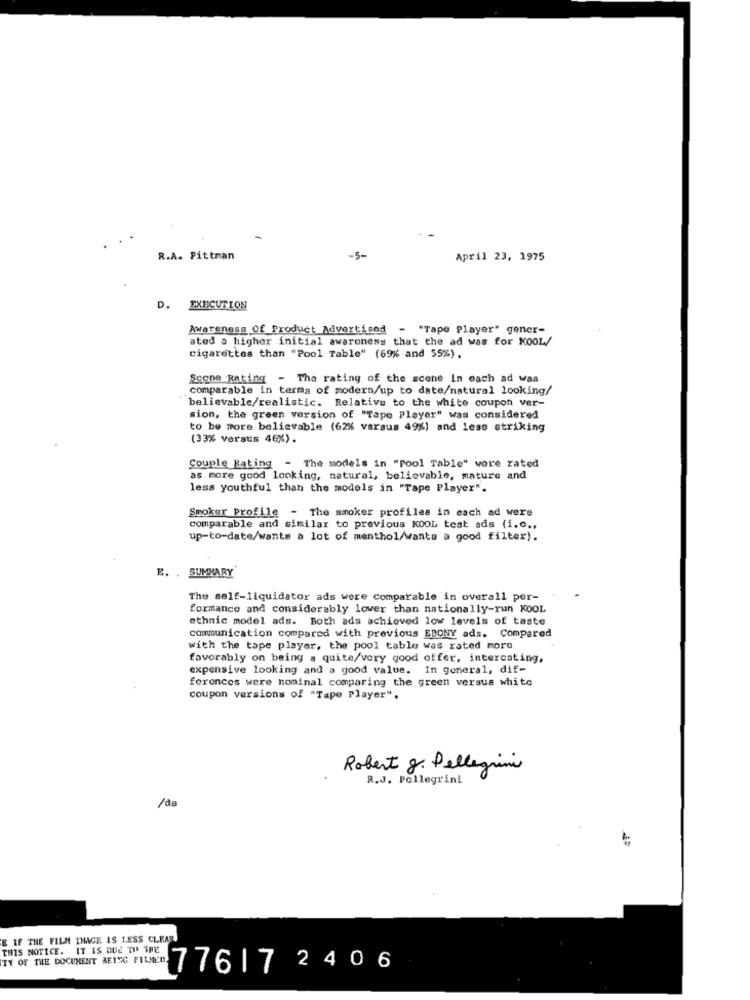
R.A. Pittman
-5-
April 23, 1975
D. EXECUTION
Awareness Of_Product Advertised - "Tape Player" gener-
ated a higher initial awareness that the ad was for KOOL/
cigarettes than "Pool Table" (69% and 55%) .
Scone Rating - The rating of the scene in each ad was
comparable in terms of modern/up to date/natural looking/
believable/realistic. Relative to the white coupon ver-
sion, the green version of "Tape Player" was considered
to be more believable (62% versus 49%) and less striking
(33% Versus 46%).
Couple Rating - The models in "pool Table" wore rated
as more good looking, natural, believable, mature and
less youthful than the models in "Tape Player".
Smoker Profile - The smoker profiles in each ad were
comparable and similar to previous KOOL test ads (i.c .,
up-to-date/wants a lot of menthol/wants a good filter).
E. . SUMMARY
The self-liquidator ads were comparable in overall per-
formance and considerably lower than nationally-run KOOL
ethnic model ads. Both ads achieved low levels of taste
communication compared with previous EBONY ads. Compared
with the tape player, the pool table was rated more
favorably on being a quite/very good offer, interesting,
expensive looking and a good value. In general, dif-
forences were nominal comparing the green versus white
coupon versions of "Tape Player".
Robert g. Pellegrini
R.J. Pellegrini
/ds
E IF THE FILM INAGE IS LESS CLEAR
THIS NOTICE. IT IS QUE TU TRE
TY OF THE DOCUMENT BEING FILMED.
77617
2 4
6